Problem: 40 + 25 = ?
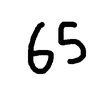
Handwritten answer: 65